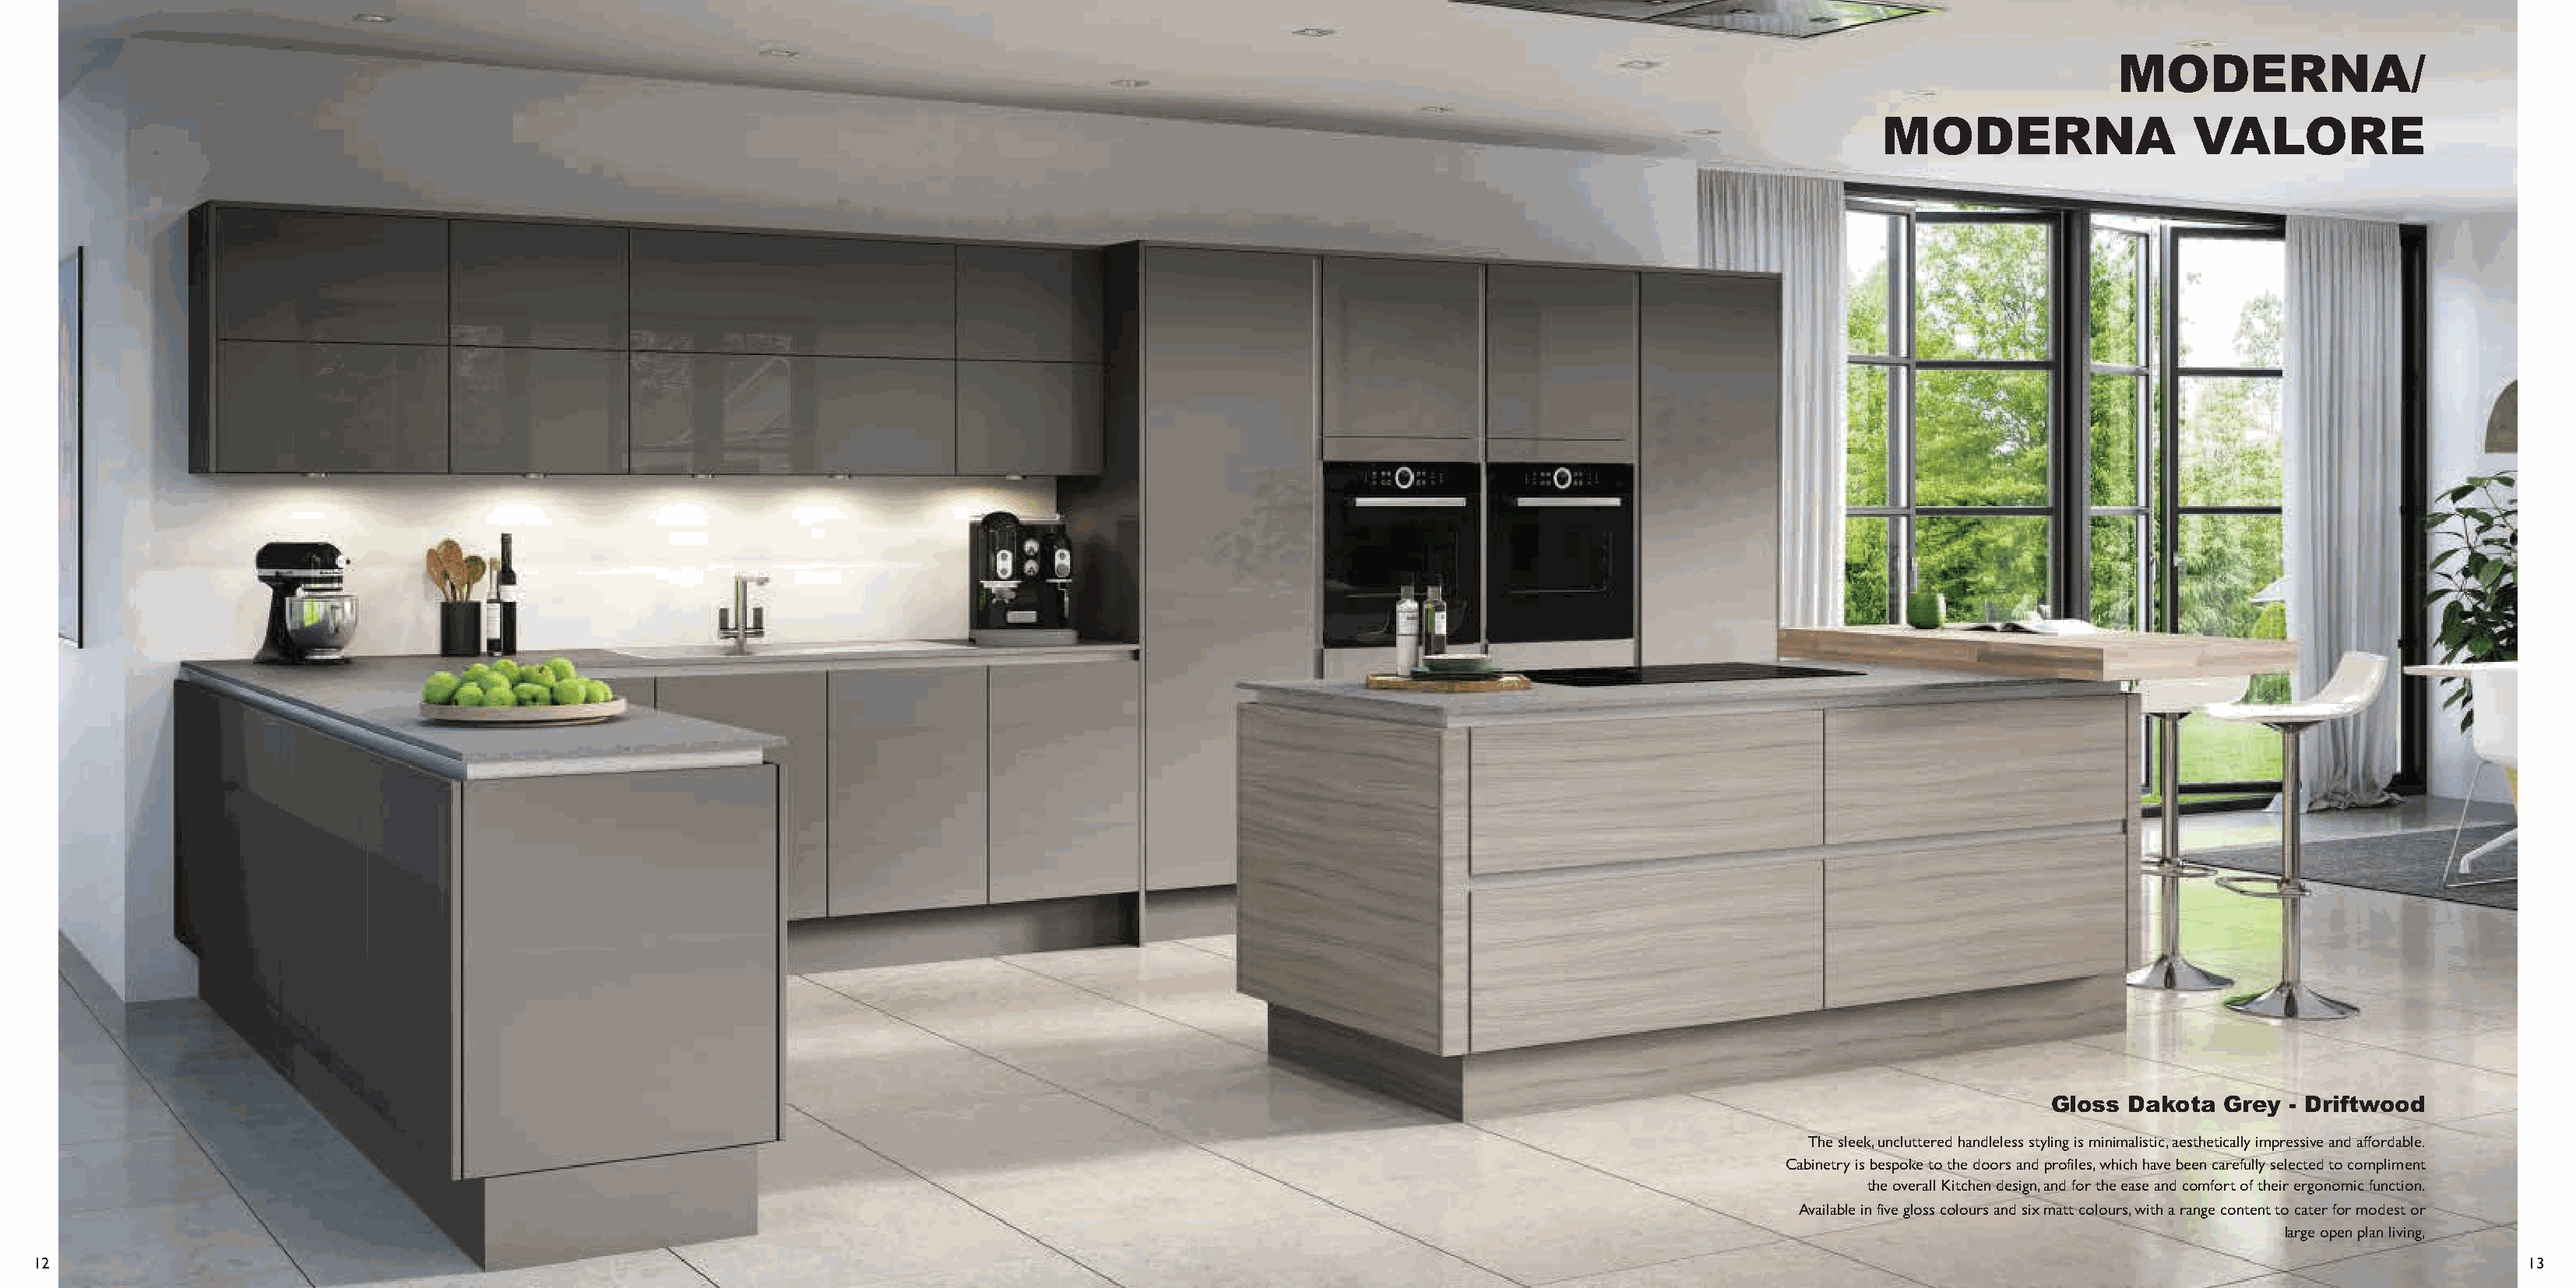
MODERNA/
 MODERNA                   VALORE
 Gloss  Dakota  Grey  - Driftwood
 The sleek, uncluttered handleless styling is minimalistic, aesthetically impressive and affordable.
 Cabinetry is bespoke to the doors and profiles, which have been carefully selected to compliment
 the overall Kitchen design, and for the ease and comfort of their ergonomic function.
 Available in five gloss colours and six matt colours, with a range content to cater for modest or
 large open plan living,
 12                                                                                                                                                                                                                  13